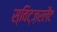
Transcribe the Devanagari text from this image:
स्विट्ज़रलैंट